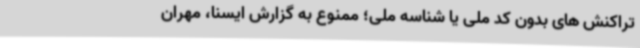
تراکنش های بدون کد ملی یا شناسه ملی؛ ممنوع به گزارش ایسنا، مهران